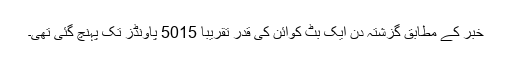
خبر کے مطابق گزشتہ دن ایک بٹ کوائن کی قدر تقریباً 5015 پاؤنڈز تک پہنچ گئی تھی۔